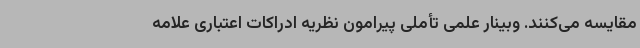
مقایسه می‌کنند. وبینار علمی تأملی پیرامون نظریه ادراکات اعتباری علامه